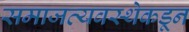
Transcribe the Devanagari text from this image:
समाजव्यवस्थेकडून